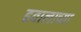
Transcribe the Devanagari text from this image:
हवालाच्या